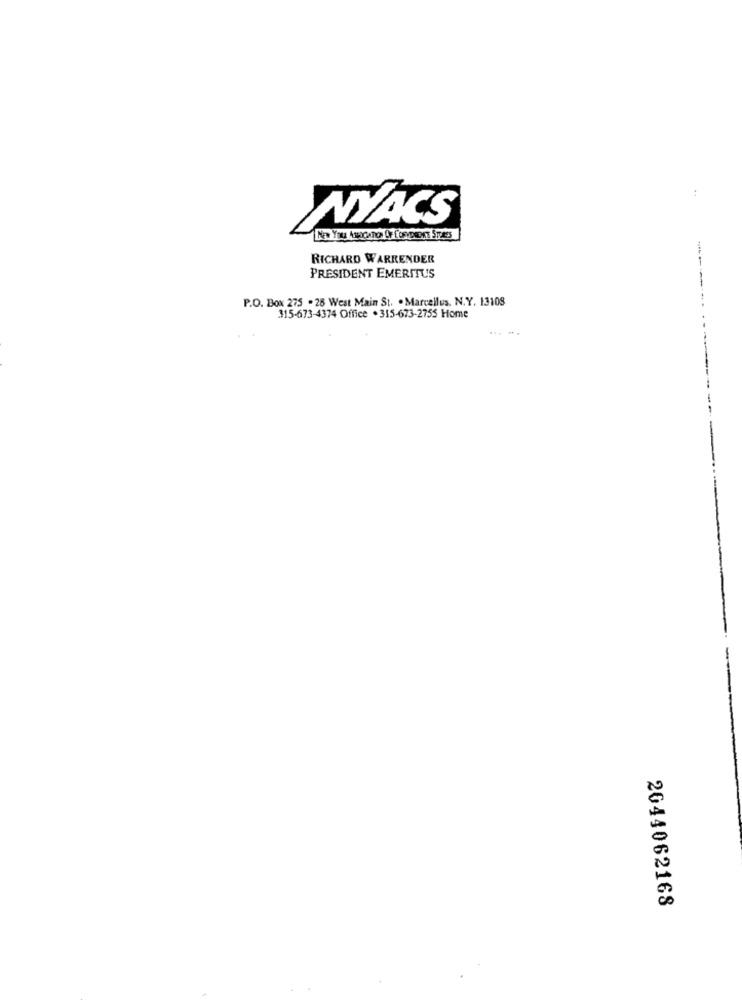
NYACS
RICHARD WARRENDER
PRESIDENT EMERITUS
P.O. Box 275 . 26 West Main St. . Marcellus, N.Y. 13108
315-673-4374 Office . 315-673-2755 Home
------
2044062168